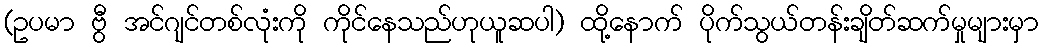
(ဥပမာ ဗွီ အင်ဂျင်တစ်လုံးကို ကိုင်နေသည်ဟုယူဆပါ) ထို့နောက် ပိုက်သွယ်တန်းချိတ်ဆက်မှုများမှာ